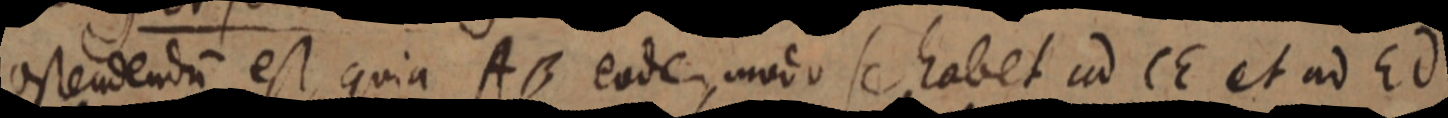
ostendendum est, quia AB eodem modo se habet ad CE et ad Ed